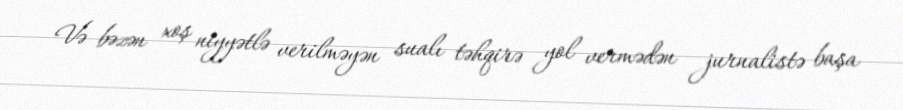
Və bəzən xoş niyyətlə verilməyən sualı təhqirə yol vermədən jurnalistə başa